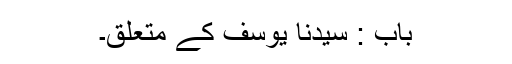
باب : سیدنا یوسفؑ کے متعلق۔